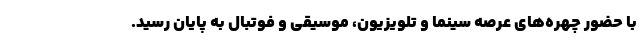
با حضور چهره‌های عرصه سینما و تلویزیون، موسیقی و فوتبال به پایان رسید.